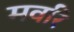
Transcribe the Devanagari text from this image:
मवरि